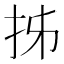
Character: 𭠒